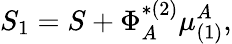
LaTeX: S_{1}=S+\Phi_{A}^{*(2)}\mu_{(1)}^{A},